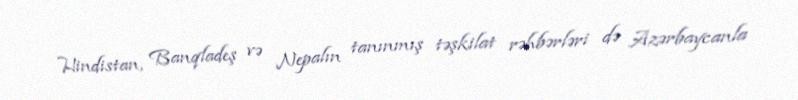
Hindistan, Banqladeş və Nepalın tanınmış təşkilat rəhbərləri də Azərbaycanla